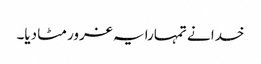
خدا نے تمہارا یہ غرور مٹا دیا۔